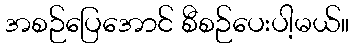
အစဉ်ပြေအောင် စီစဉ်ပေးပါ့မယ်။